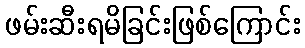
ဖမ်းဆီးရမိခြင်းဖြစ်ကြောင်း